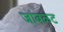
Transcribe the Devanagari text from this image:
जांबळट